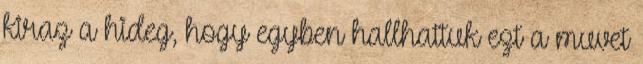
kiraz a hideg, hogy egyben hallhattuk ezt a muvet